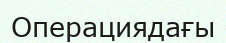
Операциядағы